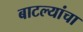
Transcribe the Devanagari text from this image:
बाटल्यांचा